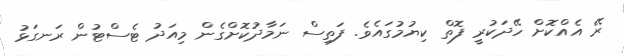
ރޭ އެއްކޮށް ހޭދަކުރީ ފޮތް ކިޔުމުގައެވެ. ފަތިސް ނަމާދުކޮށްގެން މިއަދު ޓެސްޓުން ރަނގަޅު